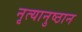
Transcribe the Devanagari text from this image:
नृत्यानुष्ठान